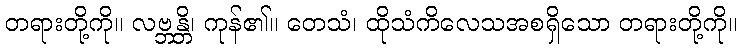
တရားတို့ကို။ လဗ္ဘန္တိ၊ ကုန်၏။ တေသံ၊ ထိုသံကိလေသအစရှိသော တရားတို့ကို။